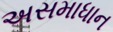
અસમાધાન